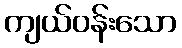
ကျယ်ဝန်းသော